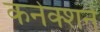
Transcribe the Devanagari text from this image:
कनेक्शने